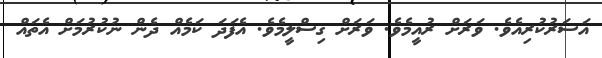
އަސަރުކުރިއެވެ. ވަރަށް ރުއީމެވެ. ވަރަށް ގިސްލީމެވެ. އެފަދަ ކަމެއް ދެން ނުކުރުމަށް އެތައް